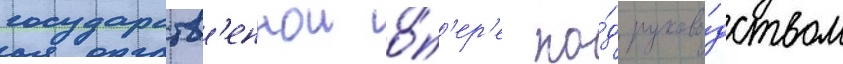
государств'еннои о́п'ер'е по́д руково́дством